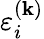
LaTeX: \varepsilon_{i}^{(\mathbf{k})}